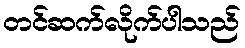
တင်ဆက်လိုက်ပါသည်